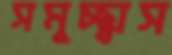
সমুচ্ছ্বাস